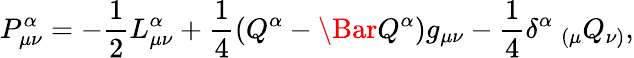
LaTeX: P_{\mu\nu}^{\alpha}=-\frac{1}{2}L_{\mu\nu}^{\alpha}+\frac{1}{4}(Q^{\alpha}-\Bar{Q}^{\alpha})g_{\mu\nu}-\frac{1}{4}\delta^{\alpha}~_{(\mu}Q_{\nu)},